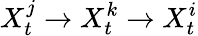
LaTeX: X_{t}^{j}\rightarrow X_{t}^{k}\rightarrow X_{t}^{i}